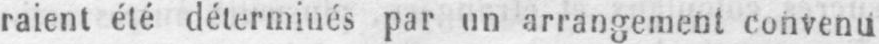
raient été déterminés par un arrangement convenu